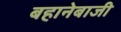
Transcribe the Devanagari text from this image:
बहानेबाजी